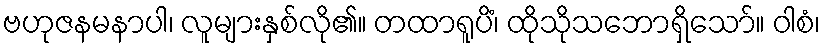
ဗဟုဇနမနာပါ၊ လူများနှစ်လို၏။ တထာရူပိံ၊ ထိုသိုသဘောရှိသော်။ ဝါစံ၊